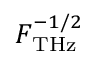
F _ { \mathrm { { T H z } } } ^ { - 1 / 2 }